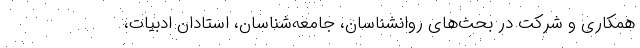
همکاری و شرکت در بحث‌های روانشناسان، جامعه‌شناسان، استادان ادبیات،